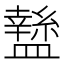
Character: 𥃁